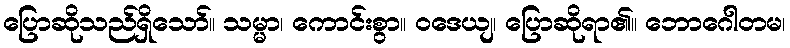
ပြောဆိုသည်ရှိသော်။ သမ္မာ၊ ကောင်းစွာ။ ဝဒေယျ၊ ပြောဆိုရာ၏။ ဘောဂေါတမ၊